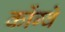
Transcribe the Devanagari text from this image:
कोंग्वे